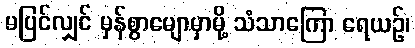
မပြင်လျှင် မှန်စွာမျောမှာမို့ သံသာကြော ရေယဉ်၊